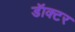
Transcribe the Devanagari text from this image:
डॅाक्टर